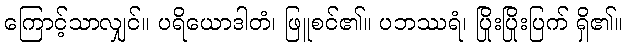
ကြောင့်သာလျှင်။ ပရိယောဒါတံ၊ ဖြူစင်၏။ ပဘဿရံ၊ ပြိုးပြိုးပြက် ရှိ၏။